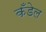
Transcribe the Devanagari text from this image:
कँडेल